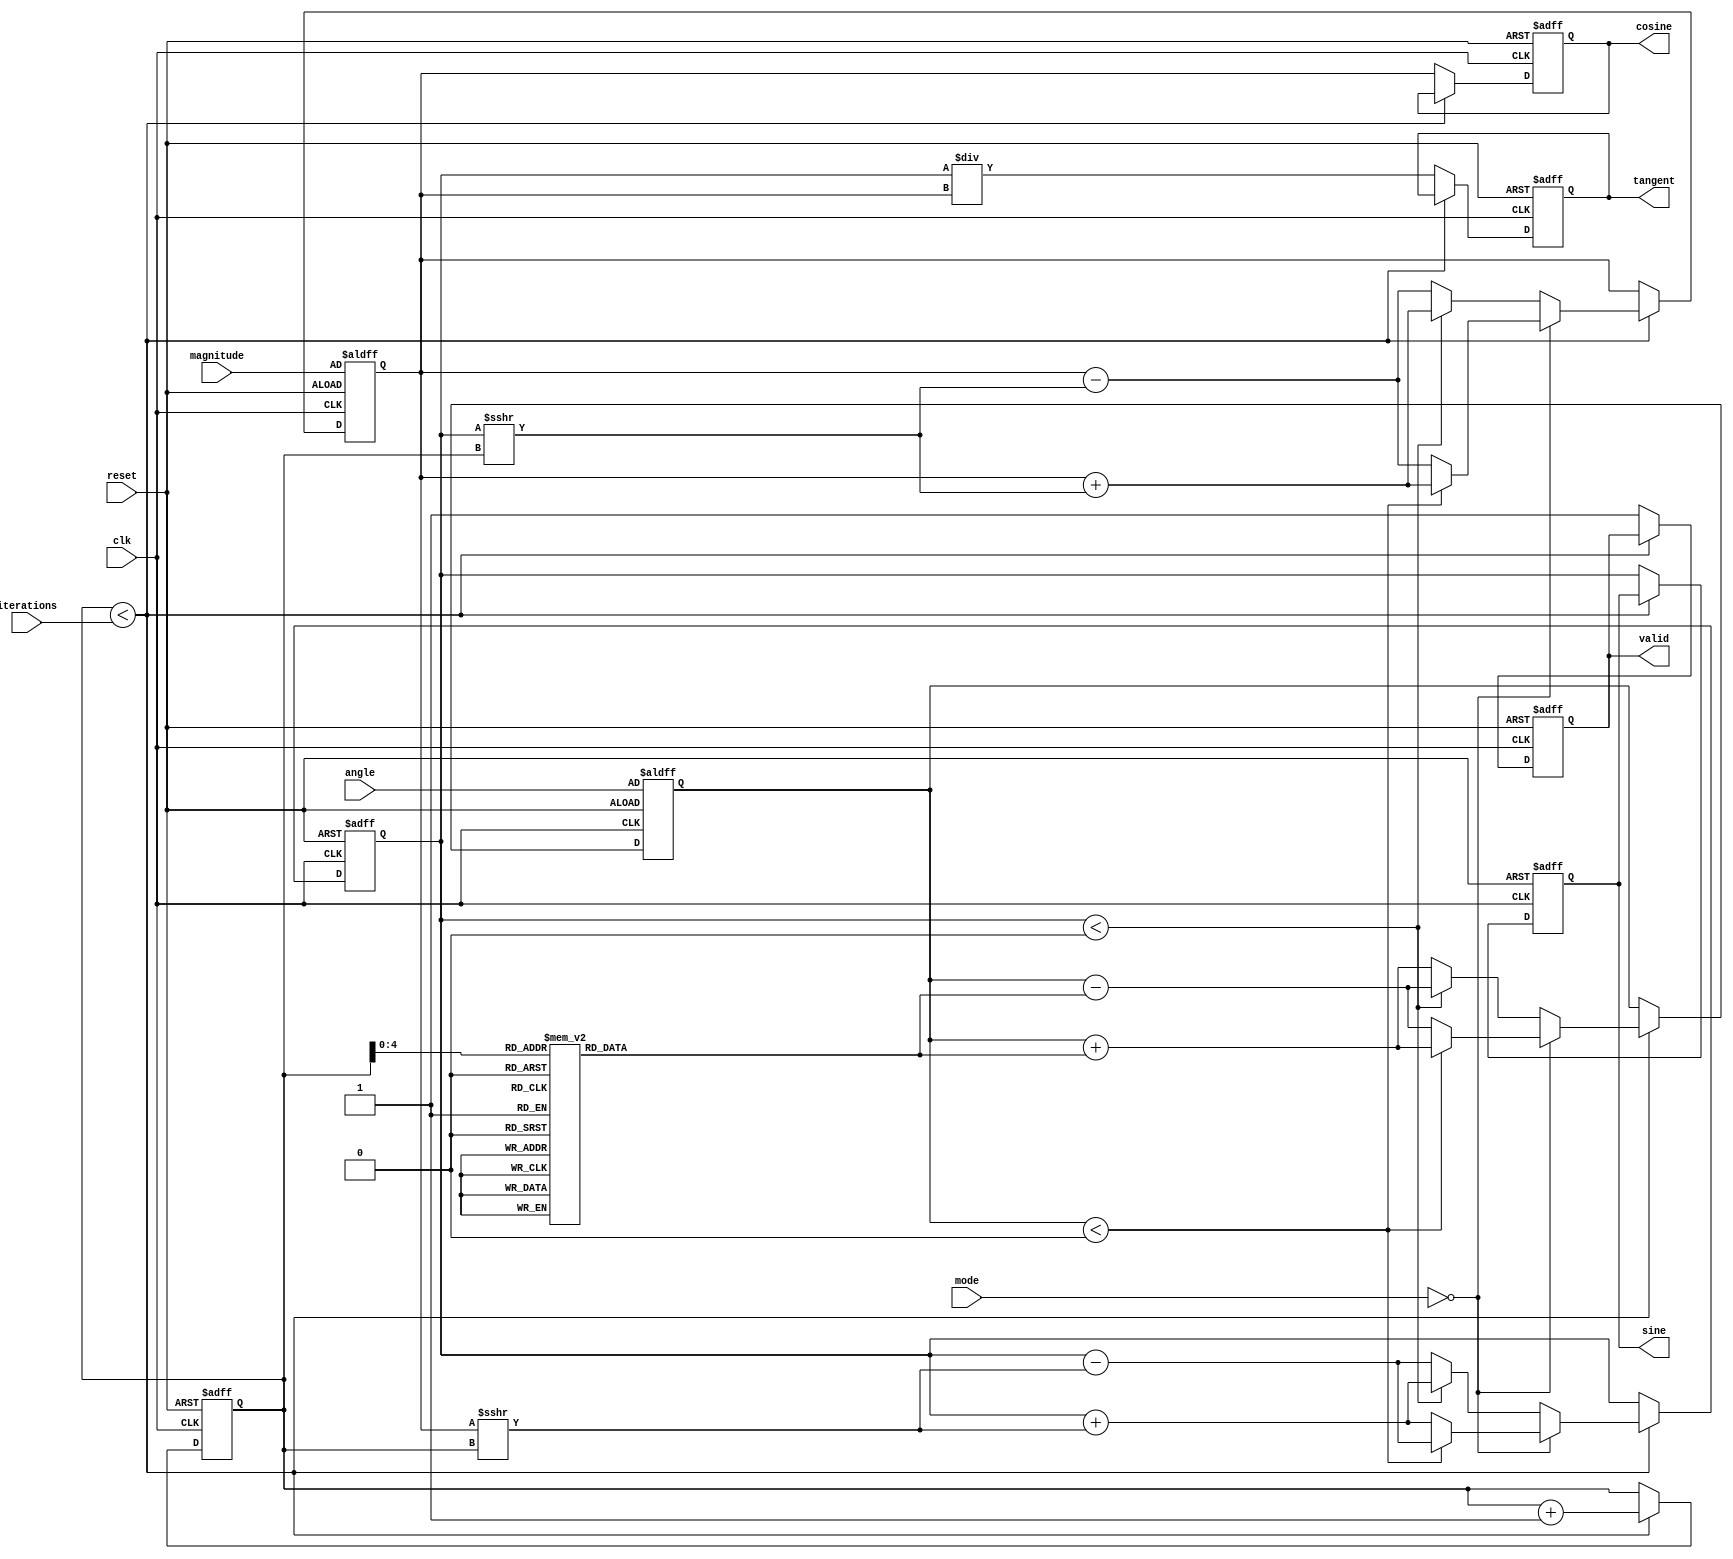
module adaptive_cordic (
    input wire clk,
    input wire reset,
    input wire [31:0] angle, // Input angle in fixed-point format
    input wire [31:0] magnitude, // Input magnitude in fixed-point format
    input wire [3:0] mode, // Operation mode: 0 for rotation, 1 for vectoring
    input wire [7:0] iterations, // Number of iterations for precision
    output reg [31:0] sine, // Output sine value
    output reg [31:0] cosine, // Output cosine value
    output reg [31:0] tangent, // Output tangent value
    output reg valid // Output valid signal
);

    // CORDIC constants
    reg [31:0] atan_table [0:31]; // Pre-calculated arctangent values
    reg [31:0] x, y, z; // CORDIC variables
    reg [7:0] i; // Iteration counter
    reg [31:0] scale_factor; // Scaling factor

    initial begin
        // Initialize arctangent values (in fixed-point format)
        atan_table[0] = 32'h00000000; // atan(0)
        atan_table[1] = 32'h0000003F; // atan(1)
        atan_table[2] = 32'h0000001F; // atan(0.5)
        // ... Fill in the rest of the atan_table with appropriate values
        // Scaling factor for CORDIC
        scale_factor = 32'h00000001; // Adjust based on iterations
    end

    always @(posedge clk or posedge reset) begin
        if (reset) begin
            // Reset outputs and internal states
            sine <= 32'h00000000;
            cosine <= 32'h00000000;
            tangent <= 32'h00000000;
            valid <= 1'b0;
            x <= magnitude; // Initialize x with input magnitude
            y <= 32'h00000000; // Initialize y
            z <= angle; // Initialize z with input angle
            i <= 0; // Reset iteration counter
        end else begin
            if (i < iterations) begin
                // CORDIC rotation or vectoring logic
                if (mode == 0) begin // Rotation mode
                    if (z < 0) begin
                        x <= x + (y >>> i);
                        y <= y - (x >>> i);
                        z <= z + atan_table[i];
                    end else begin
                        x <= x - (y >>> i);
                        y <= y + (x >>> i);
                        z <= z - atan_table[i];
                    end
                end else begin // Vectoring mode
                    if (y < 0) begin
                        x <= x + (y >>> i);
                        y <= y + (x >>> i);
                        z <= z - atan_table[i];
                    end else begin
                        x <= x - (y >>> i);
                        y <= y - (x >>> i);
                        z <= z + atan_table[i];
                    end
                end
                i <= i + 1; // Increment iteration counter
            end else begin
                // Final output assignment
                sine <= y; // Output sine value
                cosine <= x; // Output cosine value
                tangent <= (y / x); // Output tangent value
                valid <= 1'b1; // Indicate valid output
            end
        end
    end
endmodule